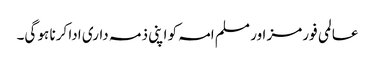
عالمی فورمز اور مسلم امہ کو اپنی ذمہ داری ادا کرنا ہو گی۔